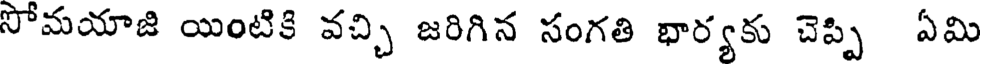
సోమయాజి యింటికి వచ్చి జరిగిన సంగతి భార్యకు చెప్పి ఏమి